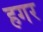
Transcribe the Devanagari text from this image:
हगर